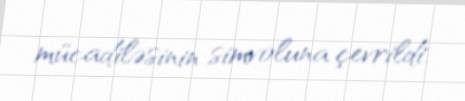
mücadiləsinin simvoluna çevrildi.